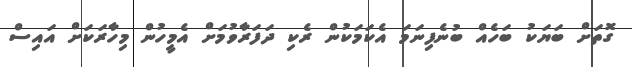
ގޮތަށް ބަޔަކު ބަހެއް ބުނެފިނަމަ އެކަމަކުން ރެކި ދަފަރާވުމަށް އެމީހުން މިހާރަކަށް އައިސް